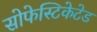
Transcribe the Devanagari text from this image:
सोफेस्टिकेटेड